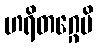
ဟရိတဂ္ဂေပိ